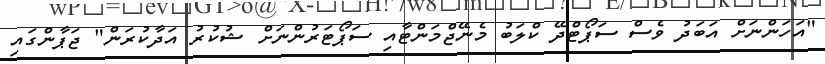
"އަހަންނަށް އަބަދު ވެސް ސަޕޯޓްދޭ ކްލަބު މެނޭޖްމަންޓާއި ސަޕޯޓަރުންނަށް ޝުކުރު އަދާކުރަން" ޖަޕާންގައި